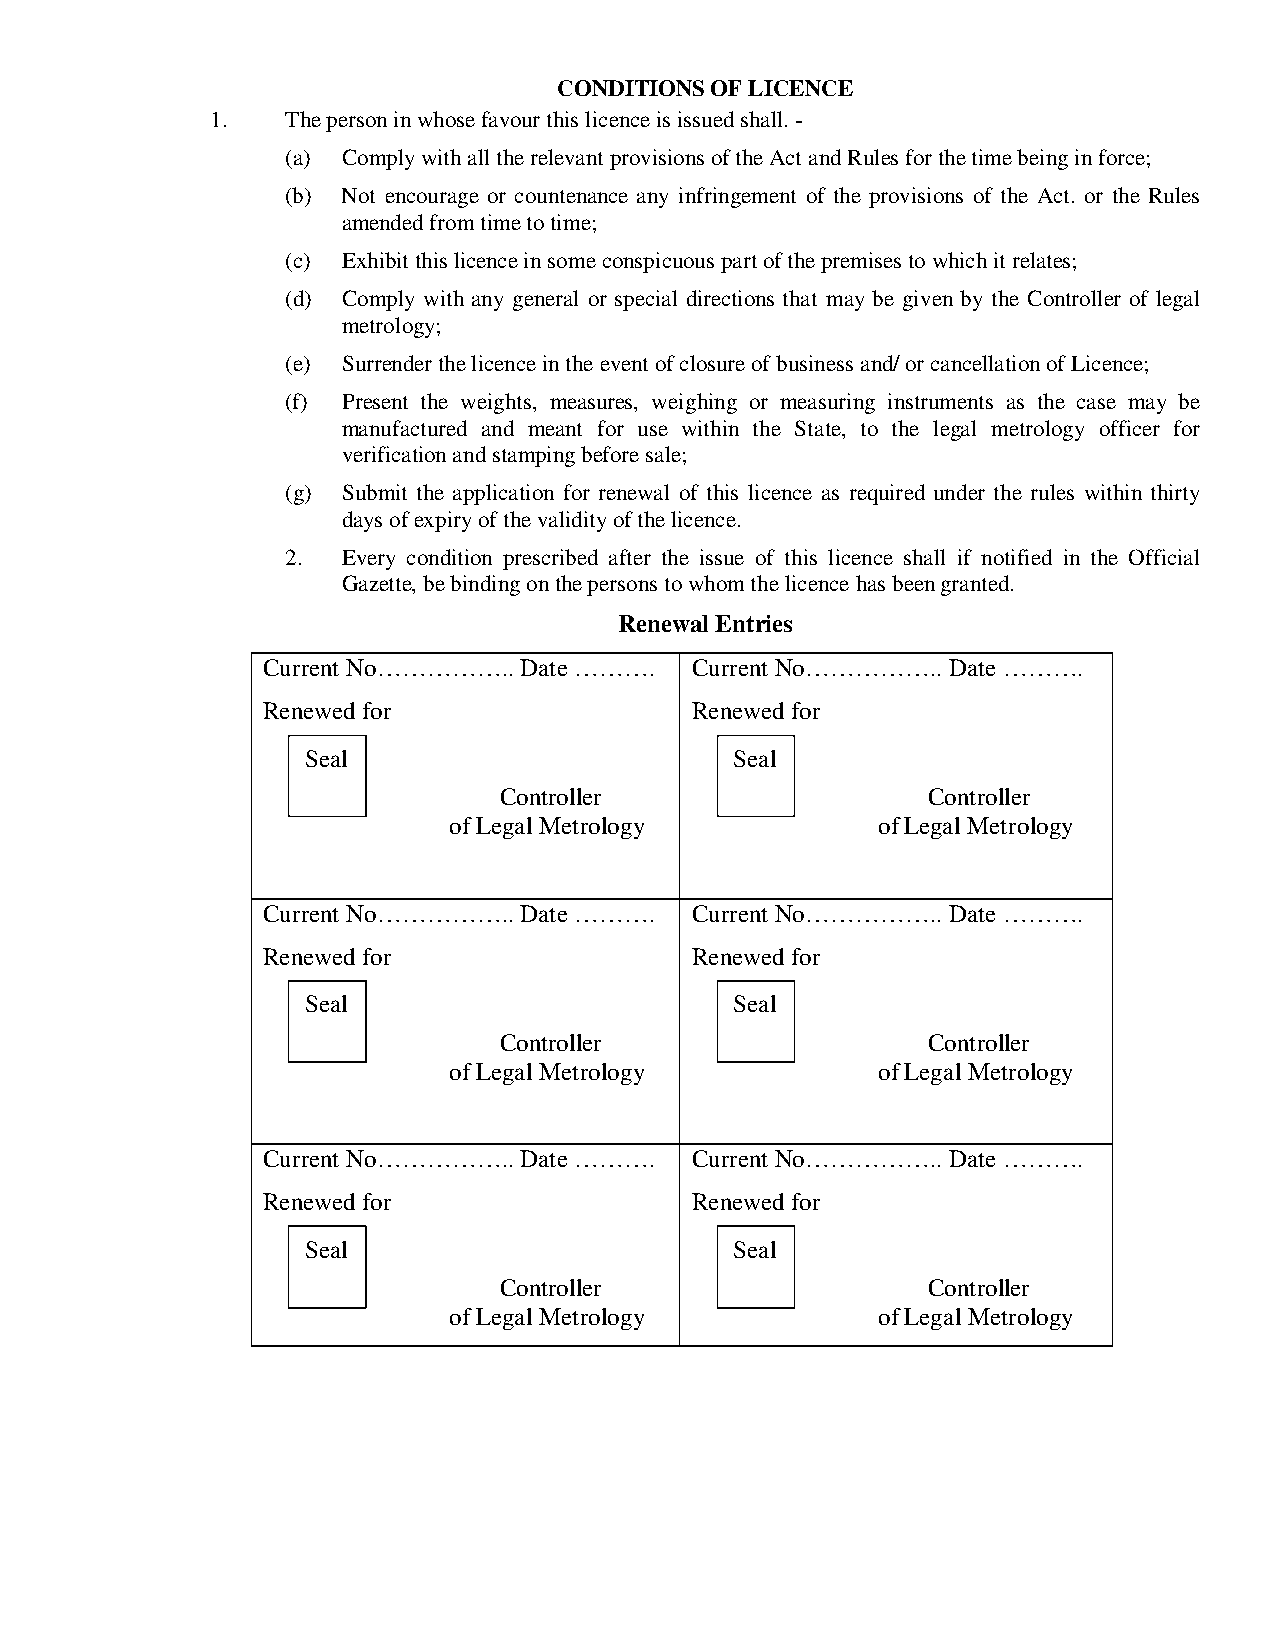
CONDITIONS OF LICENCE
 1.   The person in whose favour this licence is issued shall. -
 (a) Comply with all the relevant provisions of the Act and Rules for the time being in force;
 (b) Not encourage or countenance any infringement of the provisions of the Act. or the Rules
 amended from time to time;
 (c) Exhibit this licence in some conspicuous part of the premises to which it relates;
 (d) Comply with any general or special directions that may be given by the Controller of legal
 metrology;
 (e) Surrender the licence in the event of closure of business and/ or cancellation of Licence;
 (f) Present the weights, measures, weighing or measuring instruments as the case may be
 manufactured and meant for use within the State, to the legal metrology officer for
 verification and stamping before sale;
 (g) Submit the application for renewal of this licence as required under the rules within thirty
 days of expiry of the validity of the licence.
 2.  Every condition prescribed after the issue of this licence shall if notified in the Official
 Gazette, be binding on the persons to whom the licence has been granted.
 Renewal Entries
 Current No…………….. Date ……….  Current No…………….. Date ……….
 Renewed for                  Renewed for
 Seal                         Seal
 Controller                  Controller
 of Legal Metrology          of Legal Metrology
 Current No…………….. Date ……….  Current No…………….. Date ……….
 Renewed for                  Renewed for
 Seal                         Seal
 Controller                  Controller
 of Legal Metrology          of Legal Metrology
 Current No…………….. Date ……….  Current No…………….. Date ……….
 Renewed for                  Renewed for
 Seal                         Seal
 Controller                  Controller
 of Legal Metrology          of Legal Metrology